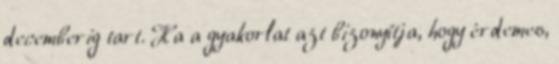
decemberig tart. Ha a gyakorlat azt bizonyítja, hogy érdemes,